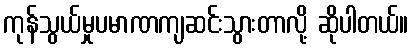
ကုန်သွယ်မှုပမာဏကျဆင်းသွားတာလို့ ဆိုပါတယ်။